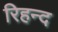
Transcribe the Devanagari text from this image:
रिहन्‍द